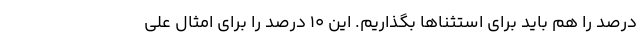
درصد را هم باید برای استثناها بگذاریم. این 10 درصد را برای امثال علی